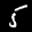
Label: 5